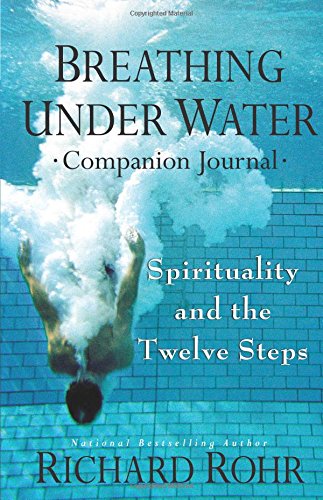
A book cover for Breathing Under Water Companion Journal: Spirituality and the Twelve Steps; Richard Rohr O.F.M.; Self-Help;